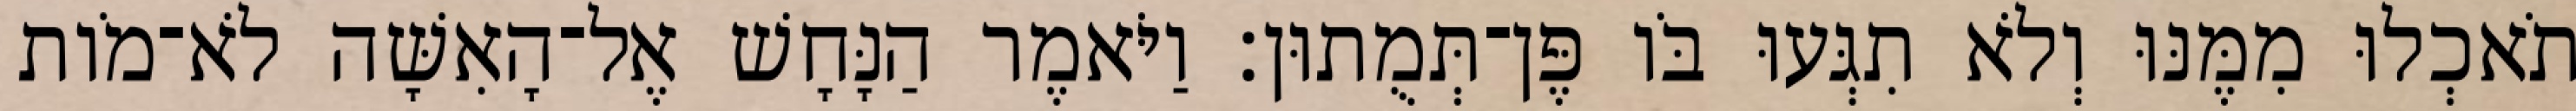
תֹאכְלוּ מִמֶּנּוּ וְלֹא תִגְּעוּ בֹּו פֶּן־תְּמֻתוּן׃ וַיֹּאמֶר הַנָּחָשׁ אֶל־הָאִשָּׁה לֹא־מֹות